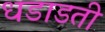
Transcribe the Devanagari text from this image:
धडाडती